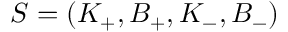
S = ( K _ { + } , B _ { + } , K _ { - } , B _ { - } )